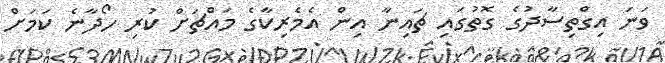
ވަނަ އިގްތިސާދުގެ ގޮތުގައި ޗައިނާ އިން އެމެރިކާގެ މައްޗަށް ކުރި ހޯދާނެ ކަމަށް